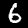
Digit: 6